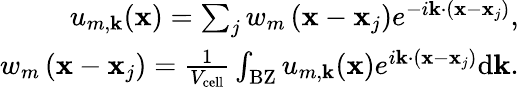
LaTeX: \begin{array}{r}{u_{m,\mathbf{k}}(\mathbf{x})=\sum_{j}w_{m}\left(\mathbf{x}-\mathbf{x}_{j}\right)e^{-i\mathbf{k}\cdot\left(\mathbf{x}-\mathbf{x}_{j}\right)},}\\ {w_{m}\left(\mathbf{x}-\mathbf{x}_{j}\right)=\frac{1}{V_{\mathrm{cell}}}\int_{\mathrm{BZ}}u_{m,\mathbf{k}}(\mathbf{x})e^{i\mathbf{k}\cdot\left(\mathbf{x}-\mathbf{x}_{j}\right)}\mathrm{d}\mathbf{k}.}\end{array}